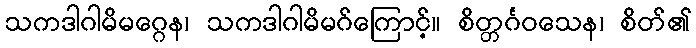
သကဒါဂါမိမဂ္ဂေန၊ သကဒါဂါမိမဂ်ကြောင့်။ စိတ္တင်္ဂဝသေန၊ စိတ်၏